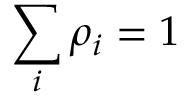
{ \sum _ { i } \rho _ { i } = 1 }